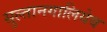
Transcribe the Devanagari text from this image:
सुल्तानगालियेव